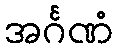
အင်္ဂဏံ